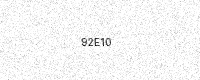
Text: 92E10